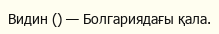
Видин () — Болгариядағы қала.